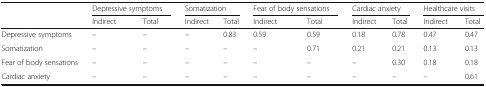
<table><thead><tr><td rowspan="2"></td><td colspan="2"><b>Depressive symptoms</b></td><td colspan="2"><b>Somatization</b></td><td colspan="2"><b>Fear of body sensations</b></td><td colspan="2"><b>Cardiac anxiety</b></td><td colspan="2"><b>Healthcare visits</b></td></tr><tr><td><b>Indirect</b></td><td><b>Total</b></td><td><b>Indirect</b></td><td><b>Total</b></td><td><b>Indirect</b></td><td><b>Total</b></td><td><b>Indirect</b></td><td><b>Total</b></td><td><b>Indirect</b></td><td><b>Total</b></td></tr></thead><tbody><tr><td>Depressive symptoms</td><td>–</td><td>–</td><td>–</td><td>0.83</td><td>0.59</td><td>0.59</td><td>0.18</td><td>0.78</td><td>0.47</td><td>0.47</td></tr><tr><td>Somatization</td><td>–</td><td>–</td><td>–</td><td>–</td><td>–</td><td>0.71</td><td>0.21</td><td>0.21</td><td>0.13</td><td>0.13</td></tr><tr><td>Fear of body sensations</td><td>–</td><td>–</td><td>–</td><td>–</td><td>–</td><td>–</td><td>–</td><td>0.30</td><td>0.18</td><td>0.18</td></tr><tr><td>Cardiac anxiety</td><td>–</td><td>–</td><td>–</td><td>–</td><td>–</td><td>–</td><td>–</td><td>–</td><td>–</td><td>0.61</td></tr></tbody></table>